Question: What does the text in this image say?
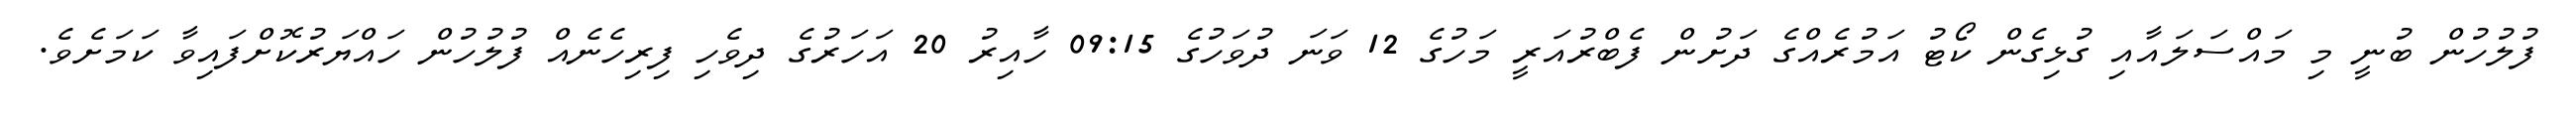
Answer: ފުލުހުން ބުނީ މި މައްސަލައާއި ގުޅިގެން ކޯޓު އަމުރެއްގެ ދަށުން ފެބްރުއަރީ މަހުގެ 12 ވަނަ ދުވަހުގެ 09:15 ހާއިރު 20 އަހަރުގެ ދިވެހި ފިރިހެނެއް ފުލުހުން ހައްޔަރުކޮށްފައިވާ ކަމަށެވެ.